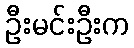
ဦးမင်းဦးက